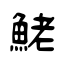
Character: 鮱